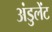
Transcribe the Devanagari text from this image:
अंडुलेंट